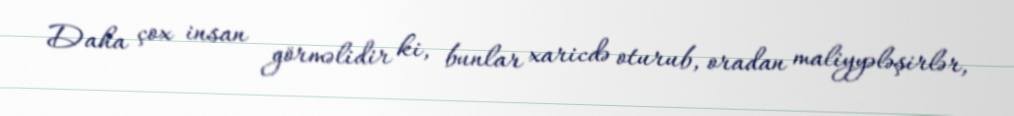
Daha çox insan görməlidir ki, bunlar xaricdə oturub, oradan maliyyələşirlər,